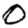
Digit: 0